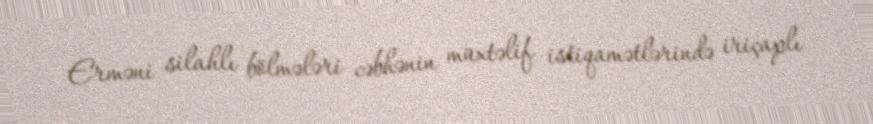
Erməni silahlı bölmələri cəbhənin müxtəlif istiqamətlərində iriçaplı